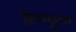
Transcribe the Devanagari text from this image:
डुनट्रून